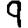
Digit: 9